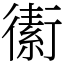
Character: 䘘